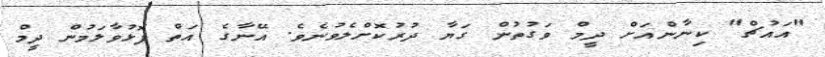
"އައުޗް" ކިނާންއަށް ދީމް ވަގުތުން ގަޔާ ދުރުކޮށްލެވުނެވެ. އޭނާގެ އަތް ފޮޅުވާލަމުން ދީމް